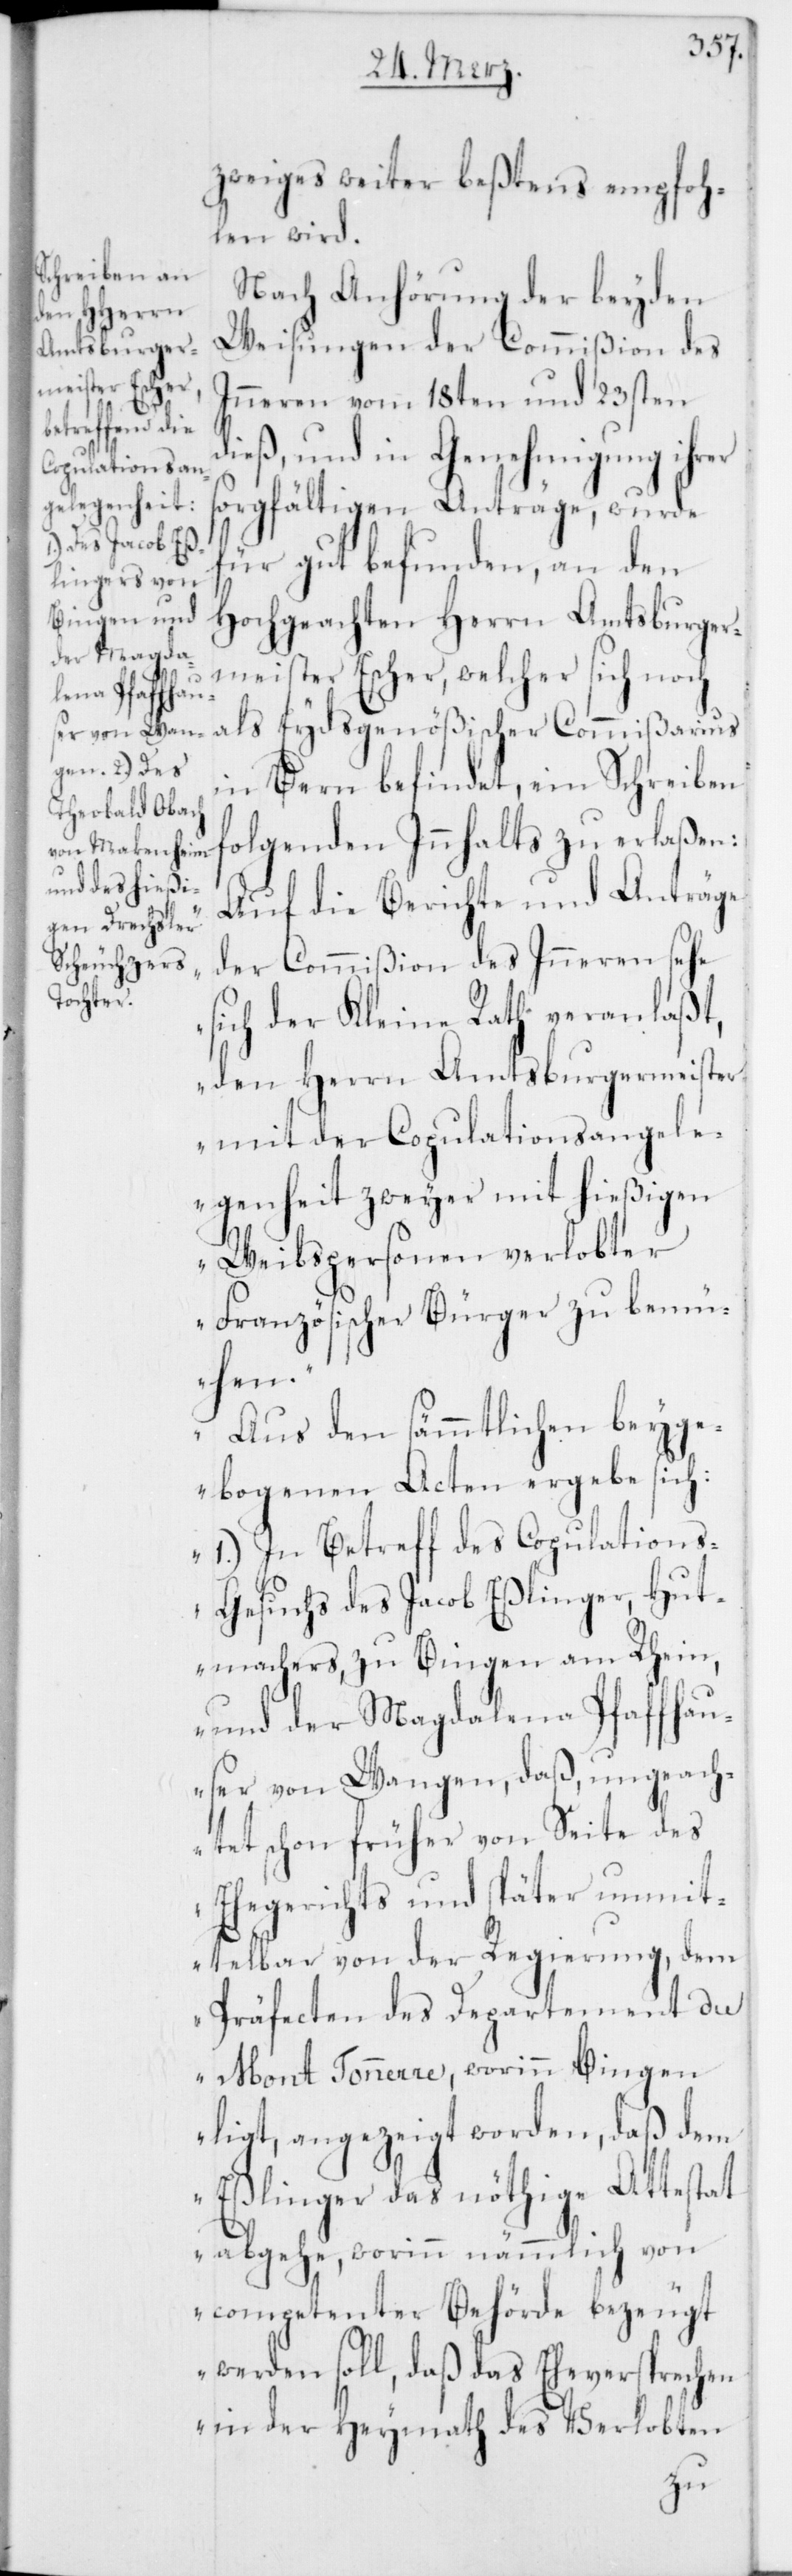
zweiges weiter beßtens empfo¬
hlen wird.
Nach Anhörung der beyden
Weisungen der Commißion des
Inneren vom 18ten und 23sten
dieß, und in Genehmigung ihrer
sorgfältigen Anträge, wurde
für gut befunden, an den
Hochgeachten Herrn Amtsburger¬
meister Escher, welcher sich noch
als Eydsgenößischer Commißarius
in Bern befindet, ein Schreiben
olgenden Innhalts zu erlaßen:
„Auf die Berichte und Anträge
der Commißion des Inneren sehe
sich der Kleine Rath veranlaßt,
den Herrn Amtsburgermeister
mit der Copulationsangele¬
genheit zweyer mit hießigen
Weibspersonen verlobter
Französischer Bürger zu bemü¬
hen.
Aus den sämmtlichen beyge¬
f¬
bogenen Acten ergebe sich:
1.) In Betreff des Copulation¬
s-Gesuchs des Jacob Eßlinger, Hut¬
machers, zu Bingen am Rhein,
und der Magdalena Pfaffhau¬
ser von Wangen, daß, ungeach¬
tet schon früher von Seite des
Ehegerichts und später unmit¬
telbar von der Regierung, dem
Präfecten des Departements du
Mont Tonnerre, worinn Bingen
ligt, angezeigt worden, daß dem
Eßlinger das nöthige Attestat
abgehe, worinn nämmlich von
competenter Behörde bezeugt
werden soll, daß das Eheversprechen
in der Heymath des Verlobten